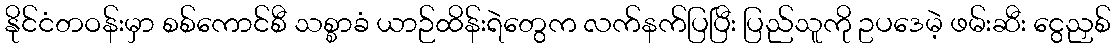
နိုင်ငံတဝန်းမှာ စစ်ကောင်စီ သစ္စာခံ ယာဉ်ထိန်းရဲတွေက လက်နက်ပြပြီး ပြည်သူကို ဥပဒေမဲ့ ဖမ်းဆီး ငွေညှစ်